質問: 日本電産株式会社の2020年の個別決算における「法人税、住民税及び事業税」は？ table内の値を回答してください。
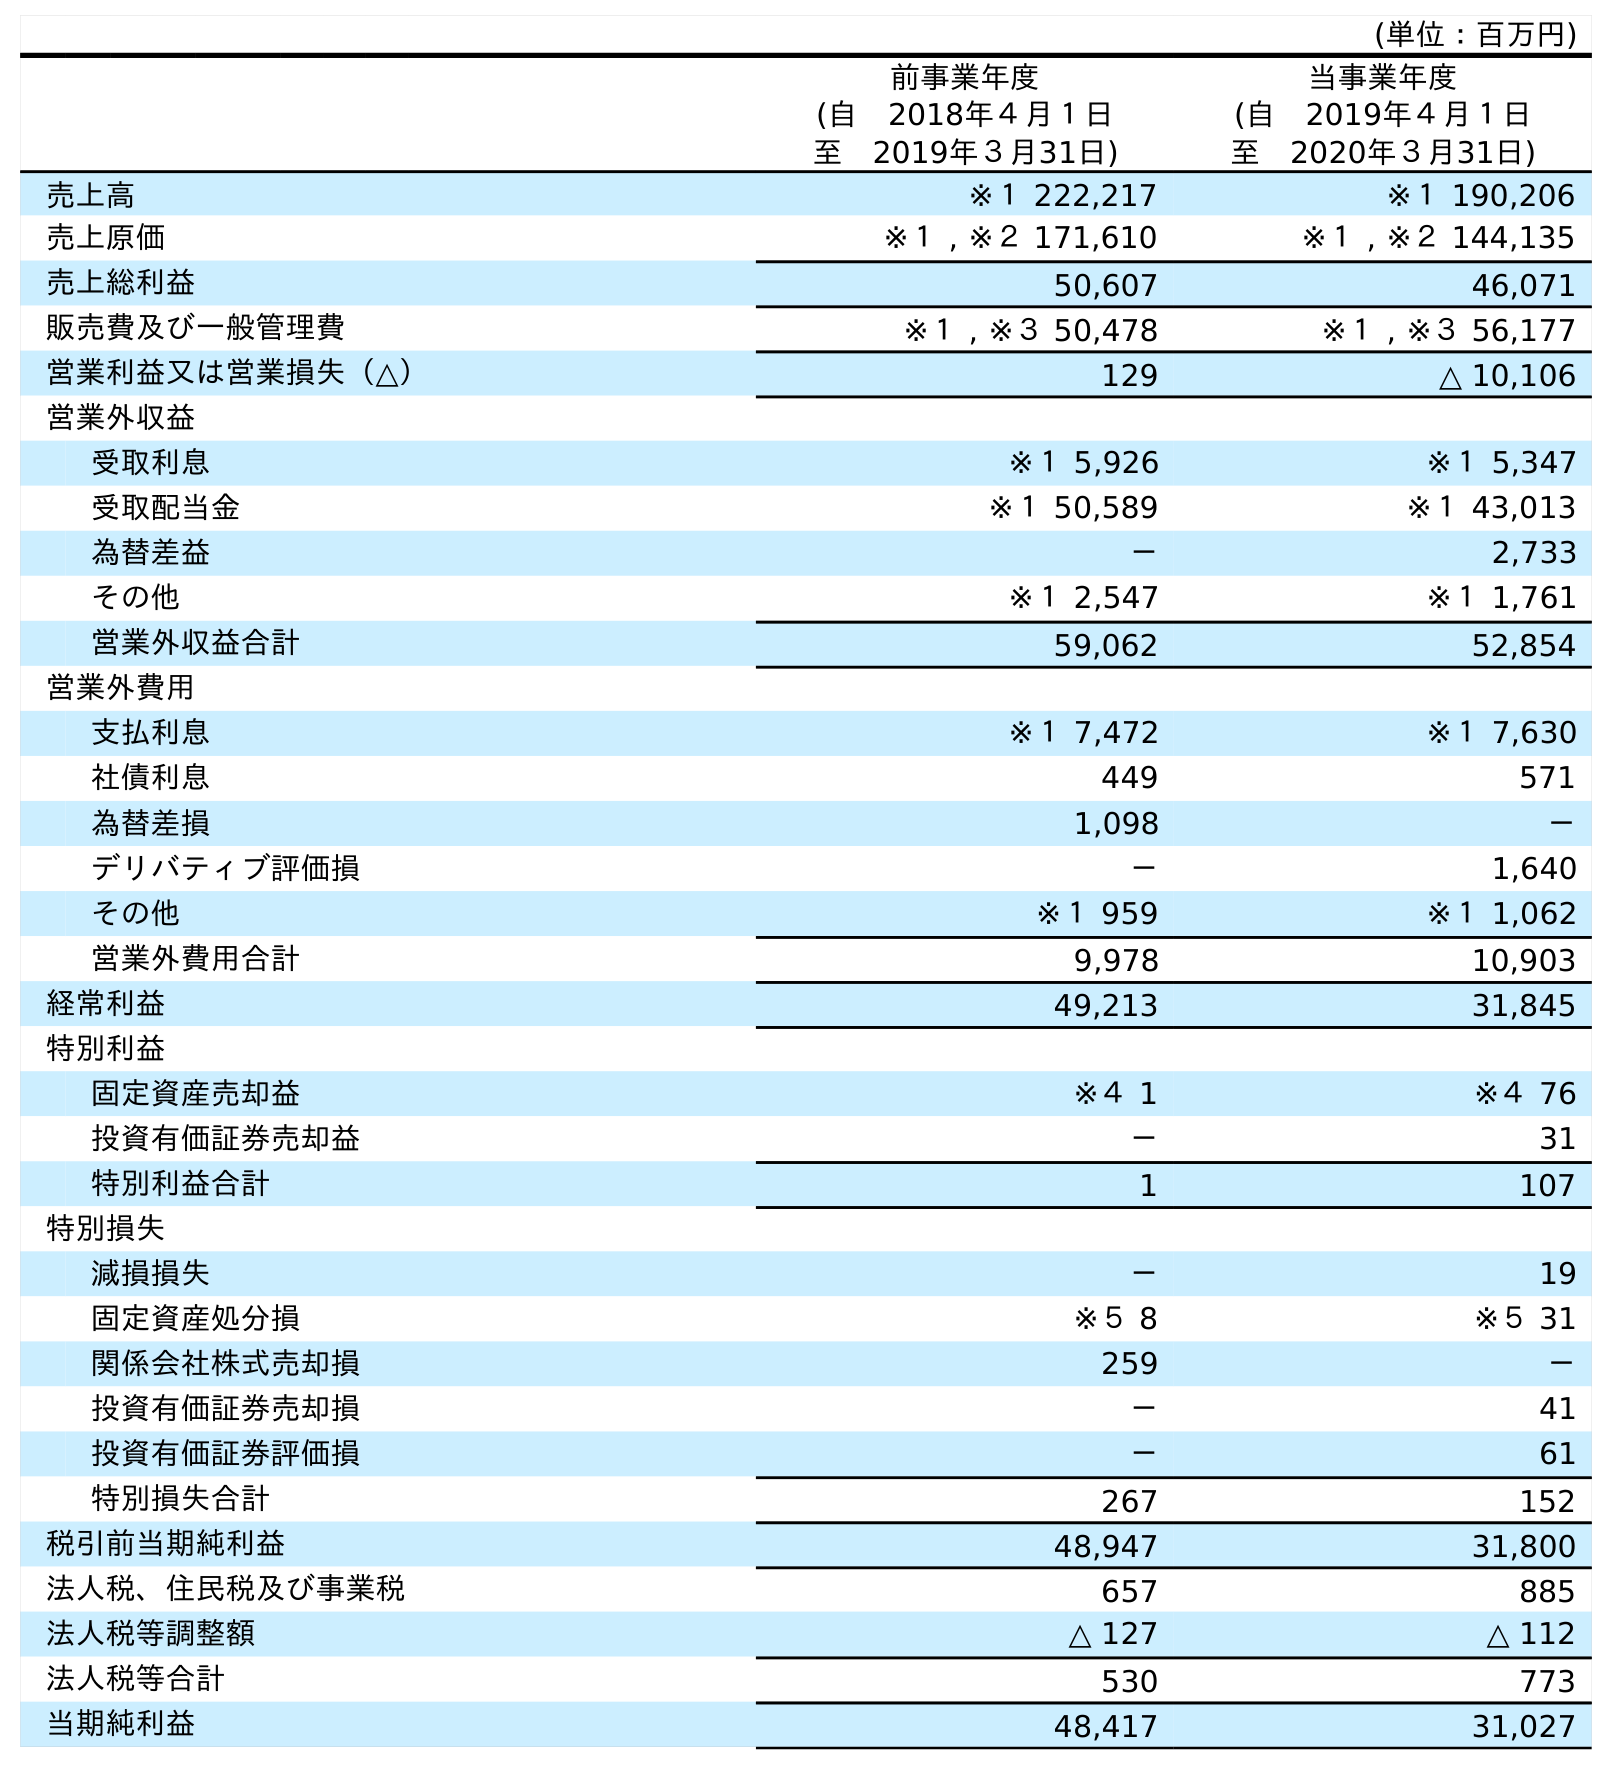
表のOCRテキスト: (単位：百万円) 前事業年度 (自 2018年４月１日 至 2019年３月31日) 当事業年度 (自 2019年４月１日 至 2020年３月31日) 売上高 ※１ 222,217 ※１ 190,206 売上原価 ※１ , ※２ 171,610 ※１ , ※２ 144,135 売上総利益 50,607 46,071 販売費及び一般管理費 ※１ , ※３ 50,478 ※１ , ※３ 56,177 営業利益又は営業損失（△） 129 △ 10,106 営業外収益 受取利息 ※１ 5,926 ※１ 5,347 受取配当金 ※１ 50,589 ※１ 43,013 為替差益 － 2,733 その他 ※１ 2,547 ※１ 1,761 営業外収益合計 59,062 52,854 営業外費用 支払利息 ※１ 7,472 ※１ 7,630 社債利息 449 571 為替差損 1,098 － デリバティブ評価損 － 1,640 その他 ※１ 959 ※１ 1,062 営業外費用合計 9,978 10,903 経常利益 49,213 31,845 特別利益 固定資産売却益 ※４ 1 ※４ 76 投資有価証券売却益 － 31 特別利益合計 1 107 特別損失 減損損失 － 19 固定資産処分損 ※５ 8 ※５ 31 関係会社株式売却損 259 － 投資有価証券売却損 － 41 投資有価証券評価損 － 61 特別損失合計 267 152 税引前当期純利益 48,947 31,800 法人税、住民税及び事業税 657 885 法人税等調整額 △ 127 △ 112 法人税等合計 530 773 当期純利益 48,417 31,027
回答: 885